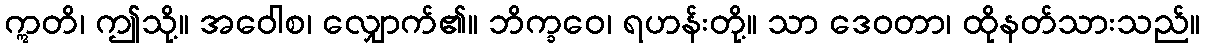
ဣတိ၊ ဤသို့။ အဝေါစ၊ လျှောက်၏။ ဘိက္ခဝေ၊ ရဟန်းတို့။ သာ ဒေဝတာ၊ ထိုနတ်သားသည်။